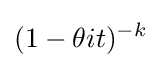
(1-\theta it)^{-k}